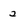
Character: 2